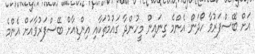
އަށް ބޭސްފަރުވާ ހޯދަން އެންމެ ގިނައިން މީހުންދާ ގައުމުތަކާއި އިންޑިއާށް ބޭސްފަރުވާއަށް އެންމެ